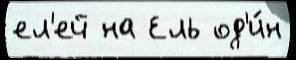
ел'ей на Ель од'и́н